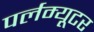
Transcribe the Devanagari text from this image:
पर्लम्यूटर